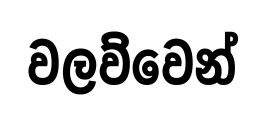
වලව්වෙන්